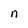
Character: n